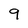
Character: 9